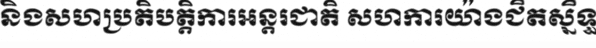
និងសហប្រតិបត្តិការអន្តរជាតិ សហការយ៉ាងជិតស្និទ្ធ